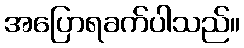
အပြောရခက်ပါသည်။